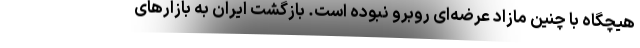
هیچگاه با چنین مازاد عرضه‌ای روبرو نبوده است. بازگشت ایران به بازارهای